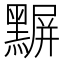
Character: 𪑰